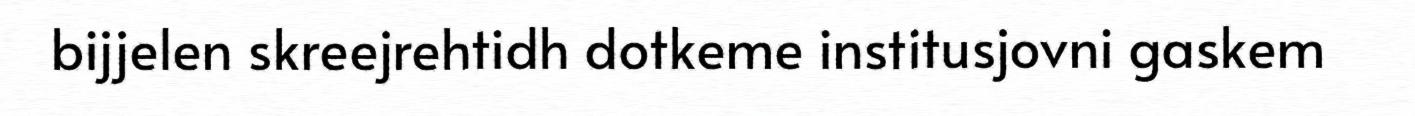
bijjelen skreejrehtidh dotkeme institusjovni gaskem